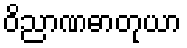
ဝိညာဏဓာတုယာ